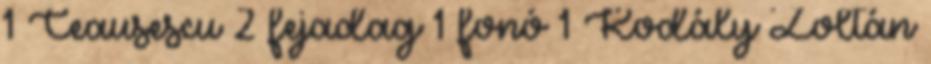
1 Ceausescu 2 fejadag 1 fonó 1 Kodály Zoltán